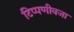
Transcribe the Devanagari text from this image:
टिप्पणीवजा